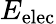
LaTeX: E_{\mathrm{elec}}